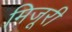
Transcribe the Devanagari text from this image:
मिजूरी